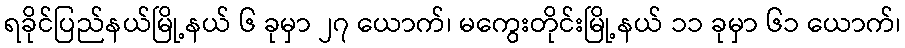
ရခိုင်ပြည်နယ်မြို့နယ် ၆ ခုမှာ ၂၇ ယောက်၊ မကွေးတိုင်းမြို့နယ် ၁၁ ခုမှာ ၆၁ ယောက်၊